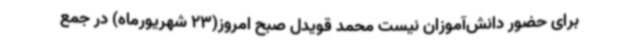
برای حضور دانش‌آموزان نیست محمد قویدل صبح امروز(23 شهریورماه) در جمع